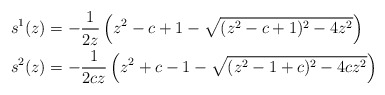
\begin{align*} & s^1(z) = - \frac{1}{2 z} \left(z^2-c+1 - \sqrt{(z^2-c+1)^2-4z^2} \right)\\ & s^2(z) = - \frac{1}{2 c z} \left(z^2+c-1 - \sqrt{(z^2-1+c)^2-4cz^2} \right) \end{align*}